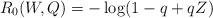
LaTeX: \begin{align*}R_0(W,Q) = - \log (1 - q + qZ)\end{align*}